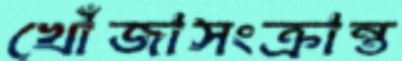
খোঁজাসংক্রান্ত